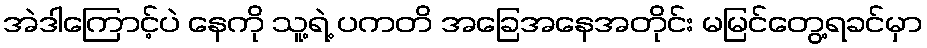
အဲဒါကြောင့်ပဲ နေကို သူ့ရဲ့ ပကတိ အခြေအနေအတိုင်း မမြင်တွေ့ရခင်မှာ